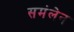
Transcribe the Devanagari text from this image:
समंलेन